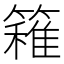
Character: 𥴢